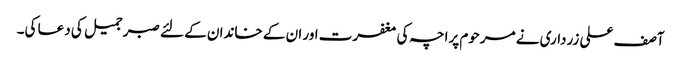
آصف علی زرداری نے مرحوم پراچہ کی مغفرت اور ان کے خاندان کے لئے صبر جمیل کی دعا کی۔